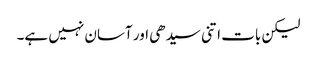
لیکن بات اتنی سیدھی اور آسان نہیں ہے۔